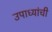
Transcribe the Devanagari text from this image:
उपाध्यांची